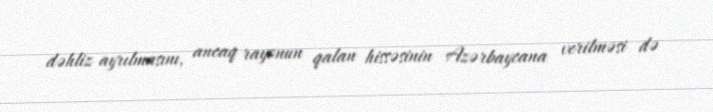
dəhliz ayrılmasını, ancaq rayonun qalan hissəsinin Azərbaycana verilməsi də